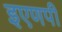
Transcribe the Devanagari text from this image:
इएणपी